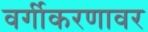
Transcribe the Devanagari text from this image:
वर्गीकरणावर